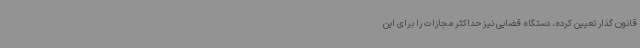
قانون گذار تعیین کرده، دستگاه قضایی نیز حداکثر مجازات را برای این